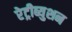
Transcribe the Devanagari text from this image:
रेट्रीब्युशन